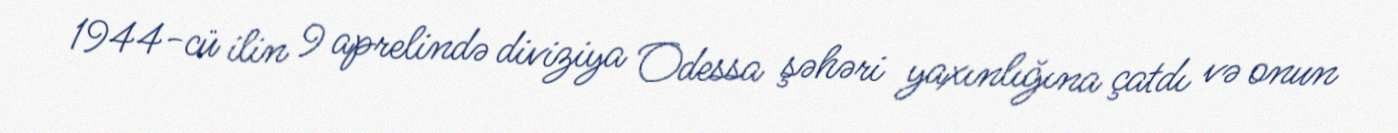
1944-cü ilin 9 aprelində diviziya Odessa şəhəri yaxınlığına çatdı və onun